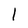
Character: l